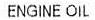
ENGINE OIL